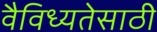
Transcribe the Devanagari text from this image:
वैविध्यतेसाठी